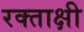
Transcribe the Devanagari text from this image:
रक्ताक्षी